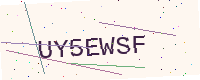
Text: UY5EWSF